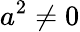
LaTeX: a^{2}\neq 0